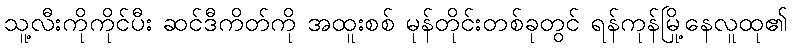
သူ့လီးကိုကိုင်ပီး ဆင်ဒီကိတ်ကို အထူးစစ် မုန်တိုင်းတစ်ခုတွင် ရန်ကုန်မြို့နေလူထု၏